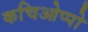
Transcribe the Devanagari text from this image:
कचिओप्पो